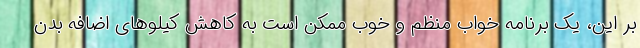
بر این، یک برنامه خواب منظم و خوب ممکن است به کاهش کیلوهای اضافه بدن